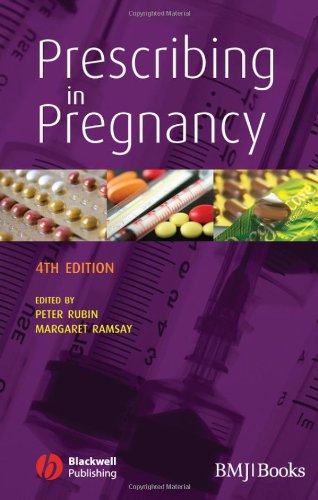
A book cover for Prescribing in Pregnancy; Medical Books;